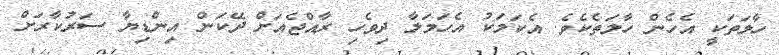
ހާލަތަކީ އެހެން ހާލަތެކެވެ. އެކަމަކު އެހަމަލާ ދިވެހި ރާއްޖެއަށް ދޭކަން އިންޑިޔާ ސަރުކާރަށް